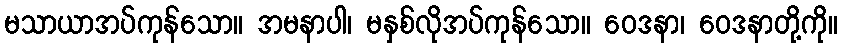
မသာယာအပ်ကုန်သော။ အမနာပါ၊ မနှစ်လိုအပ်ကုန်သော။ ဝေဒနာ၊ ဝေဒနာတို့ကို။